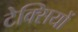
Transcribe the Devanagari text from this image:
टेक्सियों